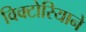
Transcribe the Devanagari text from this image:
विक्टोरियाने